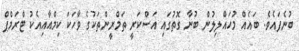
ބުނެފައެވެ. ބައެއް މުހައްލިލުން ބުނާ ގޮތުގައި އަސްކަރީ ތަމްރީންތަކުގެ ވާހަކަ ކިމްއާއިއެކު ޓްރަމްޕް